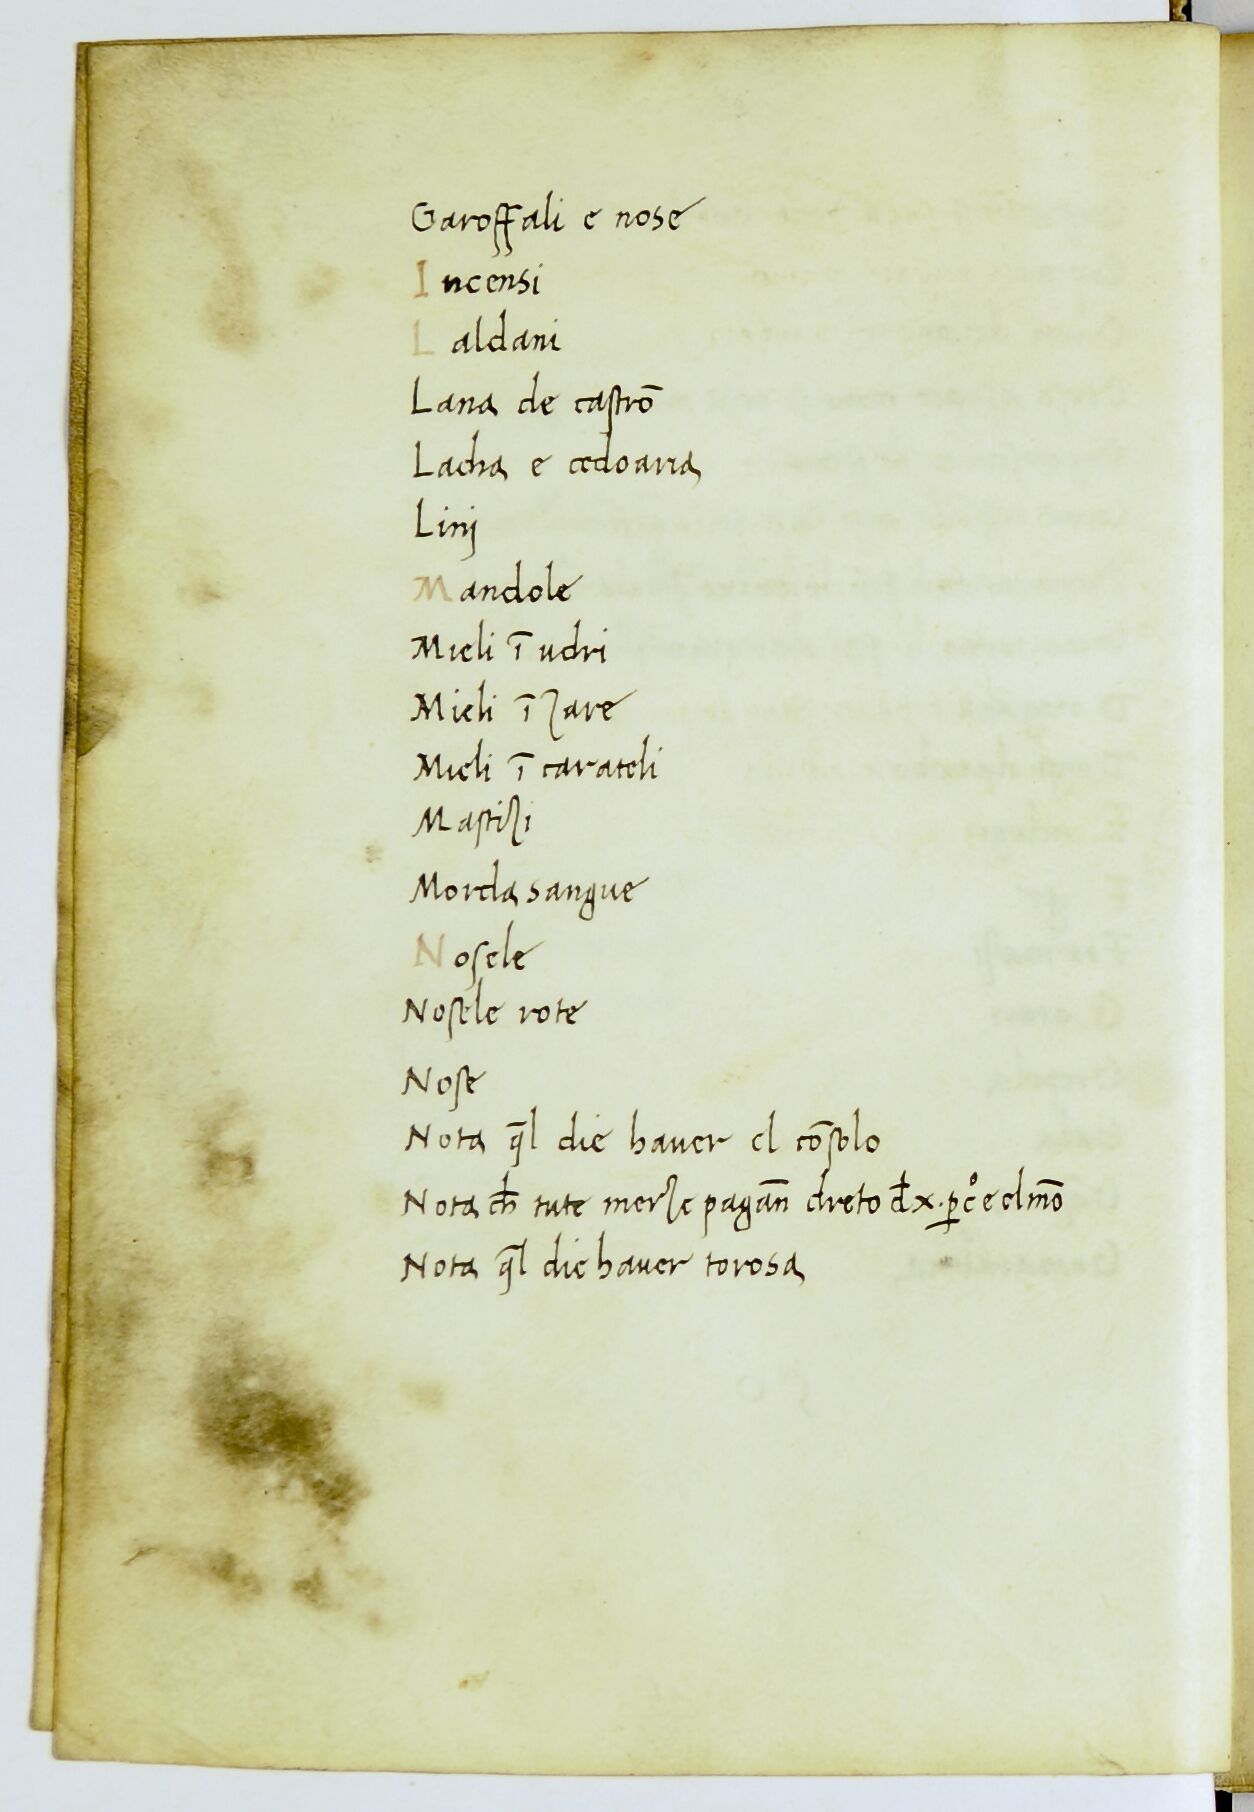
Shelfmark: Paris, BnF, ita. 912
Century: 14